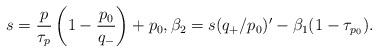
LaTeX: \begin{align*} s = \frac{p}{\tau_p} \left( 1 - \frac{p_0}{q_-} \right) + p_0, \beta_2 = s(q_+/p_0)' - \beta_1 (1 - \tau_{p_0}). \end{align*}